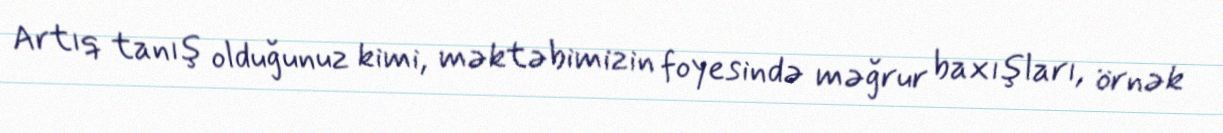
Artıq tanış olduğunuz kimi, məktəbimizin foyesində məğrur baxışları, örnək